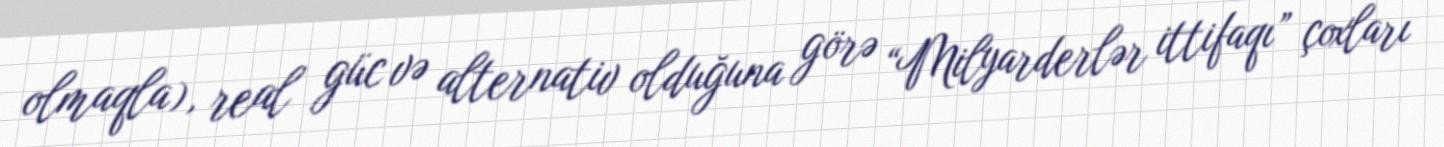
olmaqla), real güc və alternativ olduğuna görə “Milyarderlər ittifaqı” çoxları